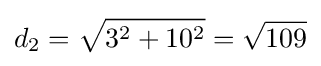
d_{2}={\sqrt {3^{2}+10^{2}}}={\sqrt {109}}